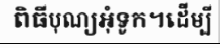
ពិធីបុណ្យអុំទូក។ដើម្បី